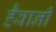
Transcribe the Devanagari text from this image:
हैवानी